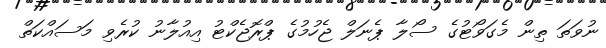
ނުވަތަ ތިން މެގަވޯޓުގެ ސޯލާ ޕެނަލް ޖެހުމުގެ ޕްރޮޖެކްޓު އިއުލާނު ކުރެވި މަސައްކަތް